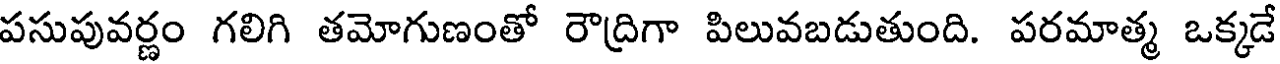
పసుపువర్ణం గలిగి తమోగుణంతో రౌద్రిగా పిలువబడుతుంది. పరమాత్మ ఒక్కడే